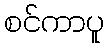
စင်ကာပူ